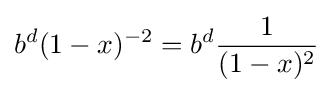
b^{d}(1-x)^{-2}=b^{d}{\frac {1}{(1-x)^{2}}}